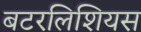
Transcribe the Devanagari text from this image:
बटरलिशियस